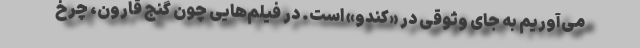
می‌آوریم به جای وثوقی در «کندو» است. در فیلم‌هایی چون گنج قارون، چرخ